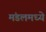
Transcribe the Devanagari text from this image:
मंडलमध्ये